Indian journal of veterinary science and animal husbandry - Volume 4,
Year: 1934
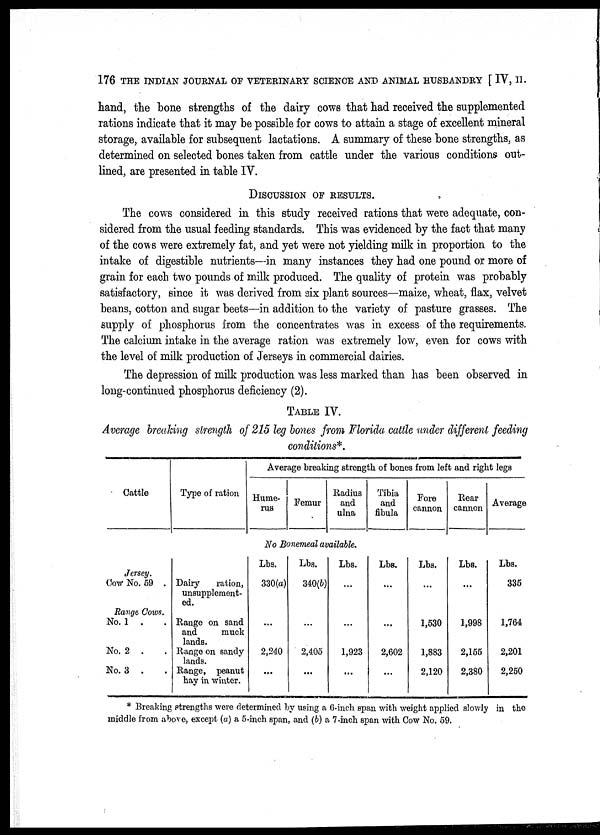
176 THE INDIAN JOURNAL OF VETERINARY SCIENCE AND ANIMAL HUSBANDRY [ IV, II.
hand, the bone strengths of the dairy cows that had received the supplemented
rations indicate that it may be possible for cows to attain a stage of excellent mineral
storage, available for subsequent lactations. A summary of these bone strengths, as
determined on selected bones taken from cattle under the various conditions out-
lined, are presented in table IV.
DISCUSSION OF RESULTS.
The cows considered in this study received rations that were adequate, con-
sidered from the usual feeding standards. This was evidenced by the fact that many
of the cows were extremely fat, and yet were not yielding milk in proportion to the
intake of digestible nutrients—in many instances they had one pound or more of
grain for each two pounds of milk produced. The quality of protein was probably
satisfactory, since it was derived from six plant sources—maize, wheat, flax, velvet
beans, cotton and sugar beets—in addition to the variety of pasture grasses. The
supply of phosphorus from the concentrates was in excess of the requirements.
The calcium intake in the average ration was extremely low, even for cows with
the level of milk production of Jerseys in commercial dairies.
The depression of milk production was less marked than has been observed in
long-continued phosphorus deficiency (2).
TABLE IV.
Average breaking strength of 215 leg bones from Florida cattle under different feeding
conditions*.
Cattle
Jersey.
Cow No. 59 .
Range Cows.
No. 1 . .
No. 2 . .
No. 3 . .
Type of ration
Dairy
ration,
unsupplement-
ed.
Range on sand
and
muck
lands.
Range on sandy
lands.
Range, peanut
hay in winter.
Average breaking strength of bones from left and right legs
Hume-
rus
Femur
Radius
and
ulna
Tibia
and
fibula
Fore
cannon
Rear
cannon
Average
No Bonemeal available.
Lbs.
330(a)
...
2,240
...
Lbs.
340(b)
...
2,405
...
Lbs.
...
...
1,923
...
Lbs.
...
...
2,602
...
Lbs.
...
1,530
1,883
2,120
Lbs.
...
1,998
2,155
2,380
Lbs.
335
1,764
2,201
2,250
* Breaking strengths were determined by using a 6-inch span with weight applied slowly in the
middle from above, except (a) a 5-inch span, and (b) a 7-inch span with Cow No. 59.